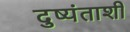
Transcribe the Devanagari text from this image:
दुष्यंताशी